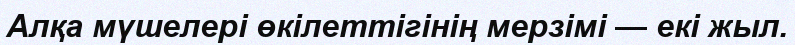
Алқа мүшелері өкілеттігінің мерзімі — екі жыл.